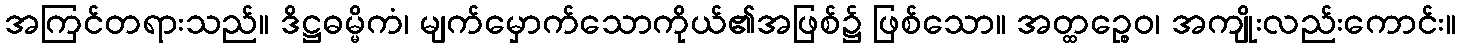
အကြင်တရားသည်။ ဒိဋ္ဌဓမ္မိကံ၊ မျက်မှောက်သောကိုယ်၏အဖြစ်၌ ဖြစ်သော။ အတ္ထဉ္စေဝ၊ အကျိုးလည်းကောင်း။